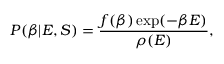
P ( \beta | E , S ) = \frac { f ( \beta ) \exp ( - \beta E ) } { \rho ( E ) } ,